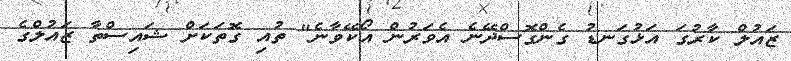
ޒައުލް ކާރުގަ އަޅުގަނޑު ގެންގޮސްދޭނެ އެވަރުން އޯކޭވާނެ" ތުއި ގޮތަކަށް ޝައިސްތާ ޒައުލްގެ